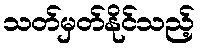
သတ်မှတ်နိုင်သည့်